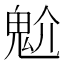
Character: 魀